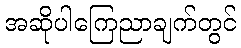
အဆိုပါကြေညာချက်တွင်